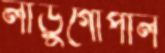
লাড়ুগোপাল